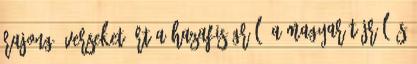
rajongó verseket írt a hazafiságról, a magyar tájról és